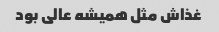
غذاش مثل همیشه عالی بود